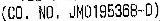
(CO. NO. JM0195368-D)